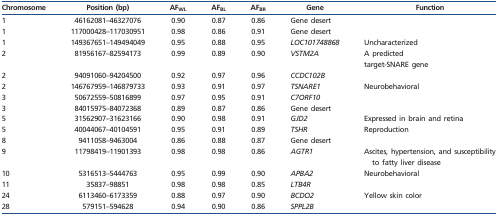
| Chromosome | Position (bp) | AFWL | AFBL | AFBR | Gene | Function |
 | --- | --- | --- | --- | --- | --- | --- |
 | 1 | 46162081–46327076 | 0.90 | 0.87 | 0.86 | Gene desert |  |
 | 1 | 117000428–117030951 | 0.98 | 0.86 | 0.91 | Gene desert |  |
 | 1 | 149367651–149494049 | 0.95 | 0.88 | 0.95 | LOC101748868 | Uncharacterized |
 | 2 | 81956167–82594173 | 0.99 | 0.89 | 0.90 | VSTM2A | A predictedtarget-SNARE gene |
 | 2 | 94091060–94204500 | 0.92 | 0.97 | 0.96 | CCDC102B |  |
 | 2 | 146767959–146879733 | 0.93 | 0.91 | 0.97 | TSNARE1 | Neurobehavioral |
 | 3 | 50672559–50816899 | 0.97 | 0.95 | 0.91 | C7ORF10 |  |
 | 3 | 84015975–84072368 | 0.89 | 0.87 | 0.86 | Gene desert |  |
 | 5 | 31562907–31623166 | 0.90 | 0.98 | 0.91 | GJD2 | Expressed in brain and retina |
 | 5 | 40044067–40104591 | 0.95 | 0.91 | 0.89 | TSHR | Reproduction |
 | 8 | 9411058–9463004 | 0.86 | 0.88 | 0.87 | Gene desert |  |
 | 9 | 11798419–11901393 | 0.98 | 0.98 | 0.86 | AGTR1 | Ascites, hypertension, and susceptibility to fatty liver disease |
 | 10 | 5316513–5444763 | 0.95 | 0.99 | 0.90 | APBA2 | Neurobehavioral |
 | 11 | 35837–98851 | 0.98 | 0.98 | 0.85 | LTB4R |  |
 | 24 | 6113460–6173359 | 0.88 | 0.97 | 0.90 | BCDO2 | Yellow skin color |
 | 28 | 579151–594628 | 0.94 | 0.90 | 0.86 | SPPL2B |  |